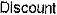
DISCOUNT